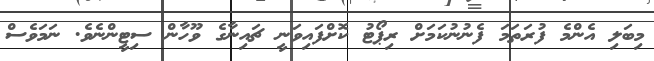
މިބަލި އެންމެ ފުރަތަމަ ފެނުނުކަމަށް ރިޕޯޓު ކޮށްފައިވަނީ ޗައިނާގެ ވޫހާން ސިޓީންނެވެ. ނަމަވެސް